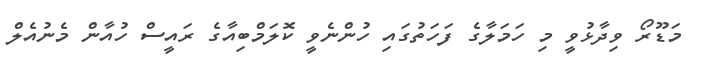
މަޑޫރޯ ވިދާޅުވީ މި ހަމަލާގެ ފަހަތުގައި ހުންނެވީ ކޮލަމްބިއާގެ ރައީސް ހުއާން މެނުއެލް